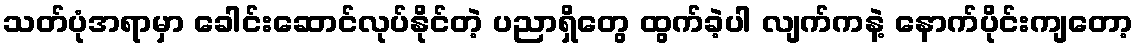
သတ်ပုံအရာမှာ ခေါင်းဆောင်လုပ်နိုင်တဲ့ ပညာရှိတွေ ထွက်ခဲ့ပါ လျက်ကနဲ့ နောက်ပိုင်းကျတော့